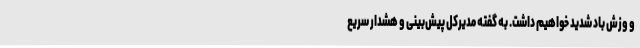
و وزش باد شدید خواهیم داشت. به گفته مدیرکل پیش‌بینی و هشدار سریع